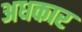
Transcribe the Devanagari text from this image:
अधकार